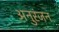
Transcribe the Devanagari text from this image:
अनुरंजन